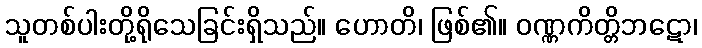
သူတစ်ပါးတို့ရိုသေခြင်းရှိသည်။ ဟောတိ၊ ဖြစ်၏။ ဝဏ္ဏကိတ္တိဘဋော၊